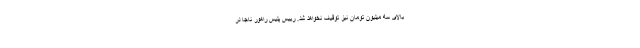
بالای سه میلیون تومان نیز توقیف نخواهد شد. رییس پلیس راهور ناجا در